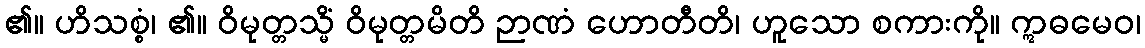
၏။ ဟိသစ္စံ၊ ၏။ ဝိမုတ္တသ္မိံ ဝိမုတ္တမိတိ ဉာဏံ ဟောတီတိ၊ ဟူသော စကားကို။ ဣဓမေဝ၊